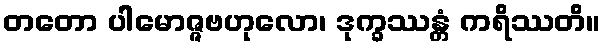
တတော ပါမောဇ္ဇဗဟုလော၊ ဒုက္ခဿန္တံ ကရိဿတိ။